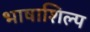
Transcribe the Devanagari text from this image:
भाषाशिल्प